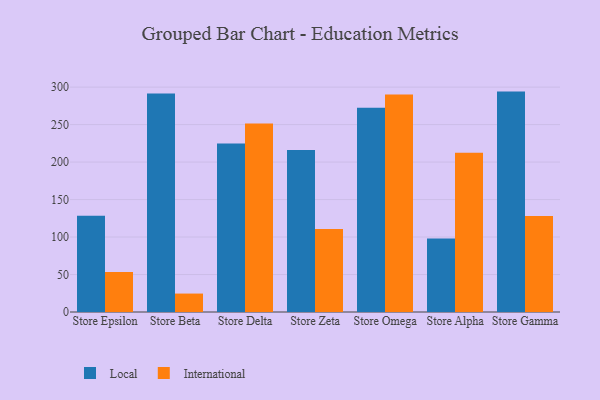
{"axis": {"x": "Store", "y": "Temperature (°C)"}, "legend": ["International", "Local"], "data": [{"x": "Store Epsilon", "y": 128.5, "type": "Local"}, {"x": "Store Epsilon", "y": 53.3, "type": "International"}, {"x": "Store Beta", "y": 291.4, "type": "Local"}, {"x": "Store Beta", "y": 24.6, "type": "International"}, {"x": "Store Delta", "y": 224.8, "type": "Local"}, {"x": "Store Delta", "y": 251.6, "type": "International"}, {"x": "Store Zeta", "y": 216.1, "type": "Local"}, {"x": "Store Zeta", "y": 110.8, "type": "International"}, {"x": "Store Omega", "y": 272.4, "type": "Local"}, {"x": "Store Omega", "y": 290.2, "type": "International"}, {"x": "Store Alpha", "y": 97.9, "type": "Local"}, {"x": "Store Alpha", "y": 212.3, "type": "International"}, {"x": "Store Gamma", "y": 294.0, "type": "Local"}, {"x": "Store Gamma", "y": 128.1, "type": "International"}]}